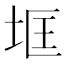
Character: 𱖟